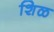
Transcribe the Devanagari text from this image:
शिळ